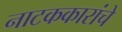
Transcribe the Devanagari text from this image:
नाटककारांचे